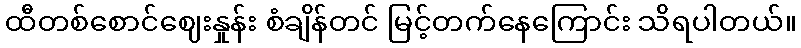
ထီတစ်စောင်ဈေးနှုန်း စံချိန်တင် မြင့်တက်နေကြောင်း သိရပါတယ်။